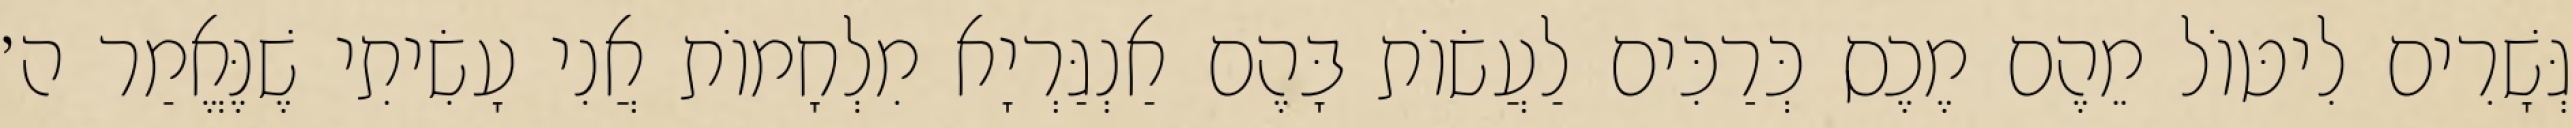
גְּשָׁרִים לִיטּוֹל מֵהֶם מֶכֶס כְּרַכִּים לַעֲשׂוֹת בָּהֶם אַנְגַּרְיָא מִלְחָמוֹת אֲנִי עָשִׂיתִי שֶׁנֶּאֱמַר ה׳